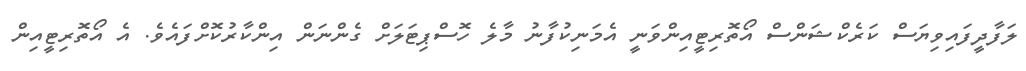
ލަފާދީފައިވިޔަސް ކަރެކްޝަންސް އޯތޮރިޓީއިންވަނީ އެމަނިކުފާނު މާލެ ހޮސްޕިޓަލަށް ގެންނަން އިންކާރުކޮށްފައެވެ. އެ އޯތޮރިޓީއިން